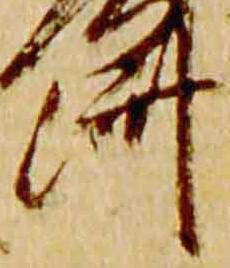
済